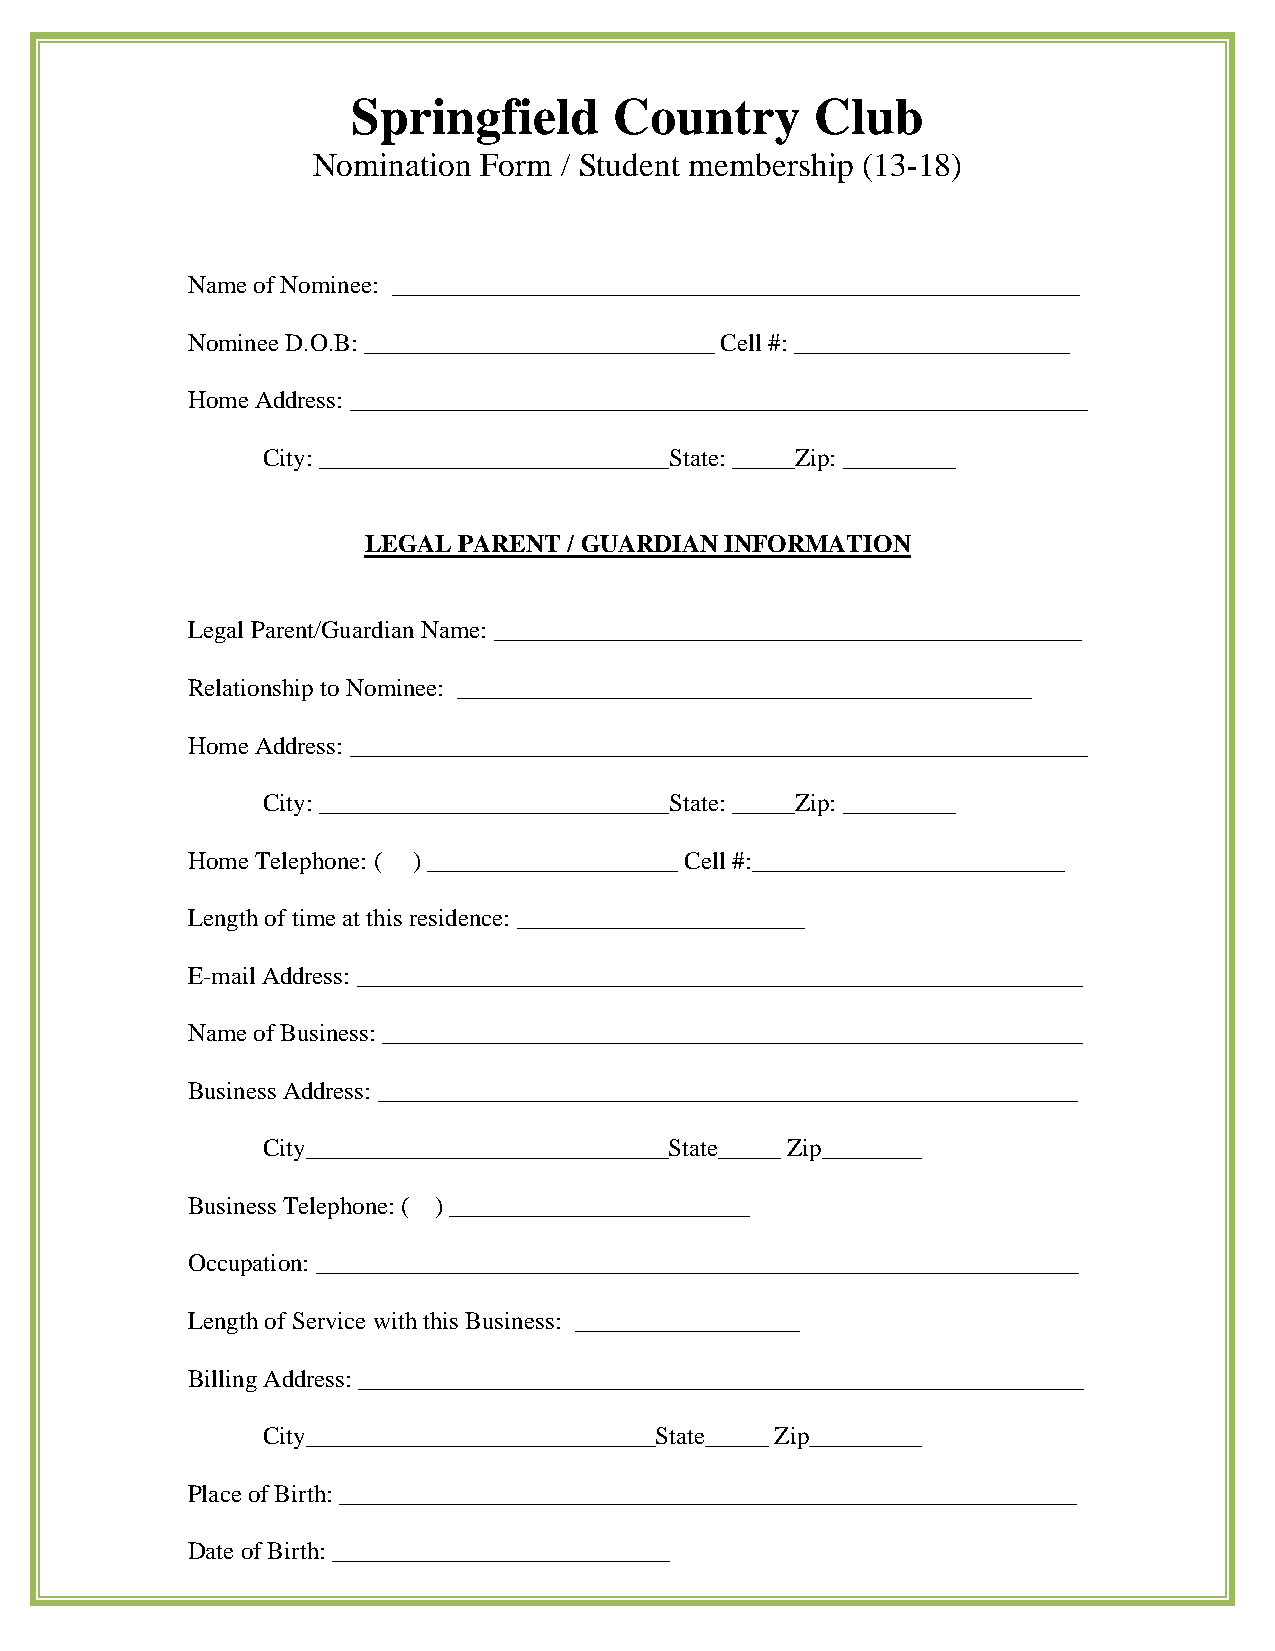
Springfield       Country      Club
 Nomination Form / Student membership (13-18)
 Name of Nominee: _______________________________________________________
 Nominee D.O.B: ____________________________ Cell #: ______________________
 Home Address: ___________________________________________________________
 City: ____________________________State: _____Zip: _________
 LEGAL PARENT  / GUARDIAN INFORMATION
 Legal Parent/Guardian Name: _______________________________________________
 Relationship to Nominee: ______________________________________________
 Home Address: ___________________________________________________________
 City: ____________________________State: _____Zip: _________
 Home Telephone: ( ) ____________________ Cell #:_________________________
 Length of time at this residence: _______________________
 E-mail Address: __________________________________________________________
 Name of Business: ________________________________________________________
 Business Address: ________________________________________________________
 City_____________________________State_____ Zip________
 Business Telephone: ( ) ________________________
 Occupation: _____________________________________________________________
 Length of Service with this Business: __________________
 Billing Address: __________________________________________________________
 City____________________________State_____ Zip_________
 Place of Birth: ___________________________________________________________
 Date of Birth: ___________________________